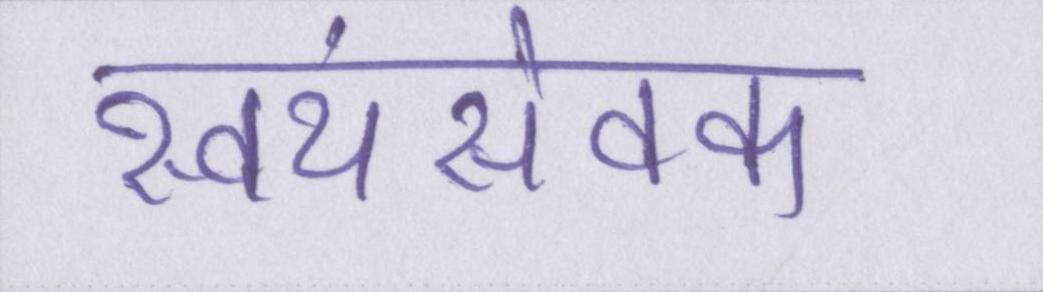
स्वयंसेवक